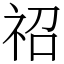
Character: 祒